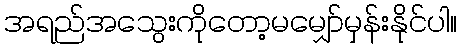
အရည်အသွေးကိုတော့မမျှော်မှန်းနိုင်ပါ။